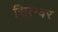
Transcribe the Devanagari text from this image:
सित्म्बर